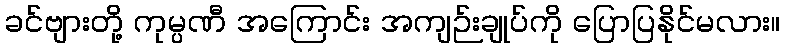
ခင်ဗျားတို့ ကုမ္ပဏီ အကြောင်း အကျဉ်းချုပ်ကို ပြောပြနိုင်မလား။